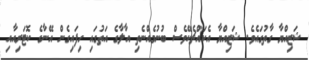
ޝަޒިއްޔާ ގާތުގައެވެ. ޝަޒިއްޔާ އެކައްޗެކޭވެސް ބުނުމެއްނެތި އާލާގެ އަތުގައި ހިފައިގެން އޭނާގެ ކޮޓަރިއާއި